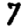
Digit: 7